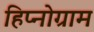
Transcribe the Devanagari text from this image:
हिप्नोग्राम